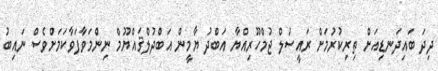
ދިދަ ބައިދަނޑިއަށް ތިރިކުރުމަށް ރައީސުލް ޖުމްހޫރިއްޔާ އަބްދު ޔާމީން އަބްދުލްޤައްޔޫމް ނިންމަވާފަވާކަމަށްވެސް ނައިބު